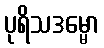
ပုရိသဒမ္မော